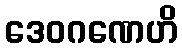
ဒေဝဂဏေဟိ